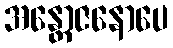
အန္တောဇနောပေ